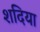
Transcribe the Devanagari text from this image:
शदिया